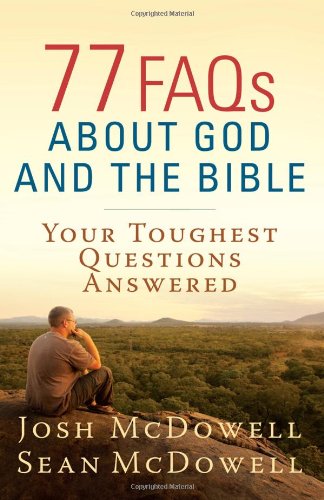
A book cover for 77 FAQs About God and the Bible: Your Toughest Questions Answered (The McDowell Apologetics Library); Josh McDowell; Christian Books & Bibles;